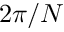
2 \pi / N